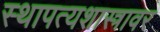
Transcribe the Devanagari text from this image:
स्थापत्यशास्त्रावर